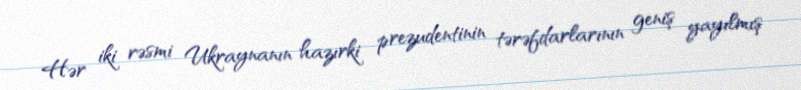
Hər iki rəsmi Ukraynanın hazırki prezudentinin tərəfdarlarının geniş yayılmış